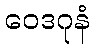
ဝေဒဂုနံ